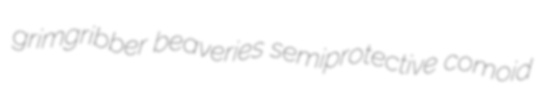
grimgribber beaveries semiprotective comoid